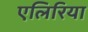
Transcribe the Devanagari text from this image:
एलिरिया